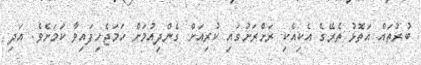
ބުރުތައް އަތޮޅު ތެރޭގެ އެކިއެކި ރަށްރަށުގައި ކުރިއަށް ގެންދިއުމަށް ހަމަޖެހިފައިވާ ކަމަށެވެ. އަދި